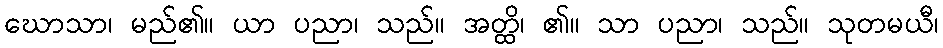
ဃောသာ၊ မည်၏။ ယာ ပညာ၊ သည်။ အတ္ထိ၊ ၏။ သာ ပညာ၊ သည်။ သုတမယီ၊